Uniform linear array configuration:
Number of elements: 64
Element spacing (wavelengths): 1
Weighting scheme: hann
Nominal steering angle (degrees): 15
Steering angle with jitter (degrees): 15.639
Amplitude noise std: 0.05
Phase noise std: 0.05

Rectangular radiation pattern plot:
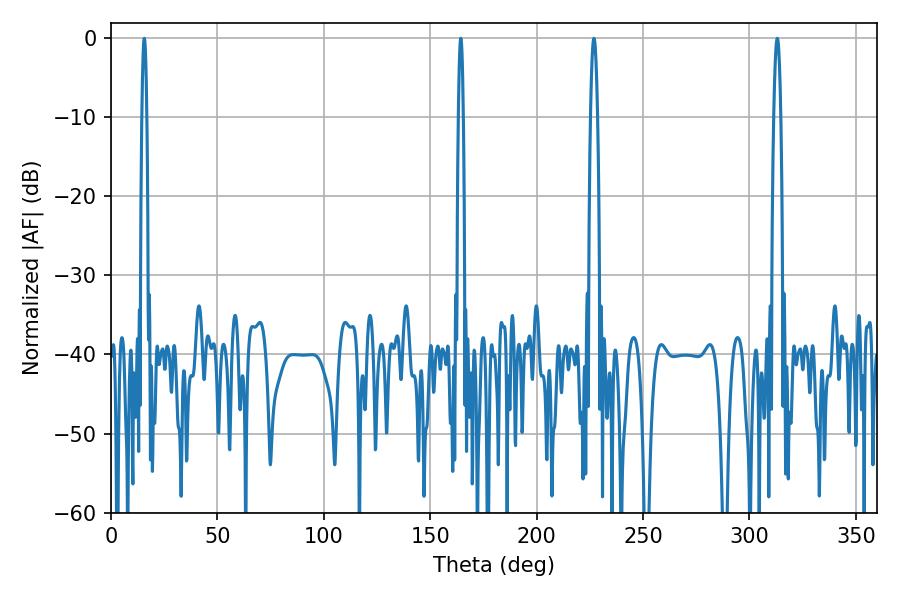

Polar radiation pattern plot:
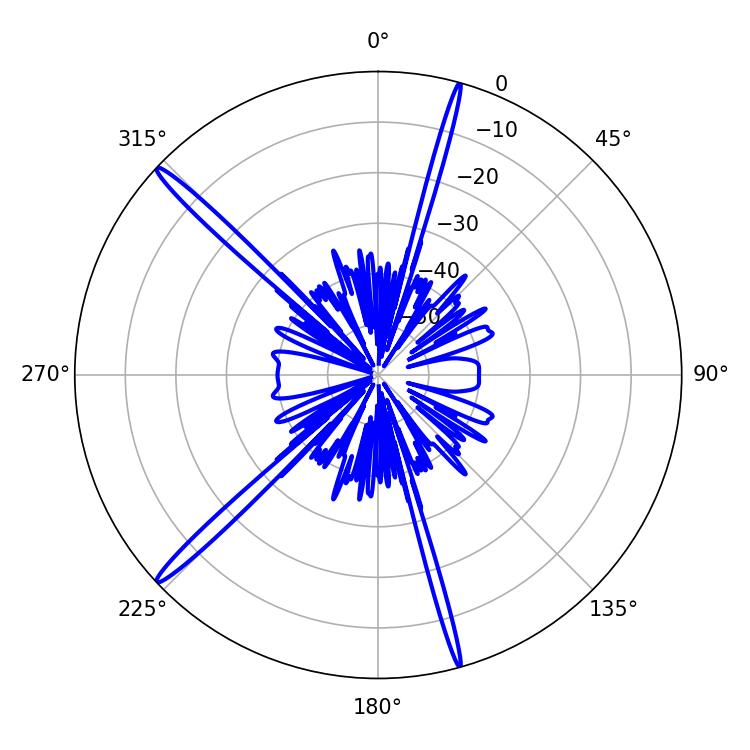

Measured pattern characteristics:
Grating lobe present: TRUE
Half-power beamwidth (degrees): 1.08
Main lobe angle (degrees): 164.34